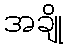
အချို